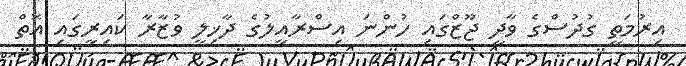
އިރުމަތީ ގުދުސްގެ ވާދީ ޖޫޒްގައި ހުންނަ އިސްރާއީލުގެ ދާޚިލީ ވުޒާރާ ކައިރީގައި އޮތް